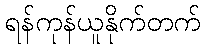
ရန်ကုန်ယူနိုက်တက်